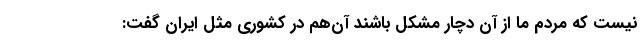
نیست که مردم ما از آن دچار مشکل باشند آن‌هم در کشوری مثل ایران گفت: